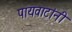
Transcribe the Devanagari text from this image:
पायवाटांनी